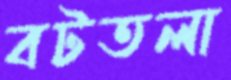
বটতলা